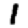
Digit: 1